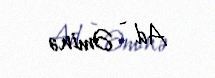
Ad - Əminə